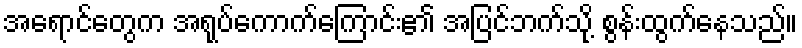
အရောင်တွေက အရုပ်ကောက်ကြောင်း၏ အပြင်ဘက်သို့ စွန်းထွက်နေသည်။